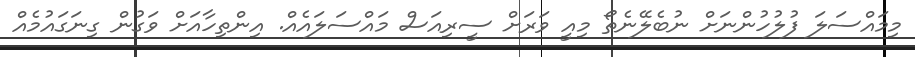
މިމައްސަލަ ފުލުހުންނަށް ނުބެލޭނެތޯ މިއީ ވަރަށް ސީރިއަސް މައްސަލައެއް. އިންތިހާއަށް ވަގުން ގިނަގައުމެއް